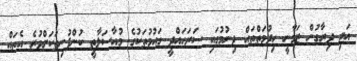
އަދި ދިރާގުން ޒަމާނީ ހިދުމަތްތައް ދިނުމުގައި ސަރަހައްދީ ގައުމުތަކުގެ މުއާސަލާތީ ކުންފުނިތަކަށްވުރެ އެތައް